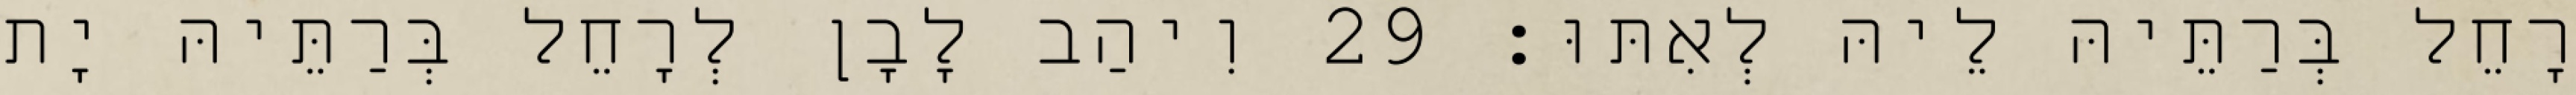
רָחֵל בְּרַתֵּיהּ לֵיהּ לְאִתּוּ׃ 29 וִיהַב לָבָן לְרָחֵל בְּרַתֵּיהּ יָת